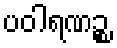
ပဝါရဏဉ္စ